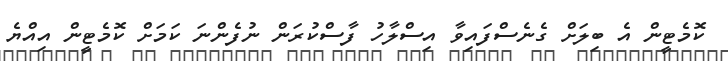
ކޮމެޓީން އެ ބިލަށް ގެނެސްފައިވާ އިސްލާހު ފާސްކުރަން ނުފެންނަ ކަމަށް ކޮމެޓީން އިއްޔެ